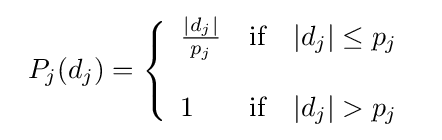
{\begin{array}{cc}P_{j}(d_{j})=\left\{{\begin{array}{lll}{\frac {|d_{j}|}{p_{j}}}&{\text{if}}&|d_{j}|\leq p_{j}\\\\1&{\text{if}}&|d_{j}|>p_{j}\\\end{array}}\right.\end{array}}